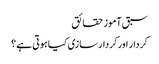
سبق آموز حقائق
کردار اور کردار سازی کیا ہوتی ہے ؟